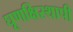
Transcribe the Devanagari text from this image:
घूणक्षिस्थापी